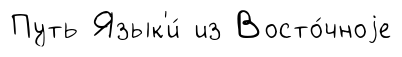
Путь Язык'и́ из Восто́чноjе